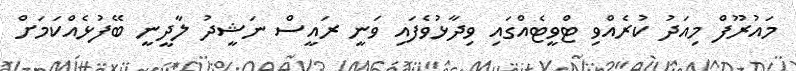
މައުރޫފް މިއަދު ކުރެއްވި ޓްވީޓެއްގައި ވިދާޅުވެފައި ވަނީ ރައީސް ނަޝީދު ލާދީނީ ބޭފުޅެއްކަމަށް